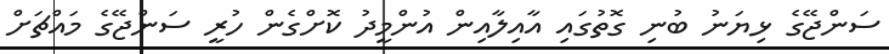
ސަންޖޭގެ ޅިޔަނު ބުނި ގޮތުގައި އާއިލާއިން އުންމީދު ކޮށްގެން ހުރީ ސަންޖޭގެ މައްޗަށް